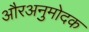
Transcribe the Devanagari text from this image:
औरअनुमोदक